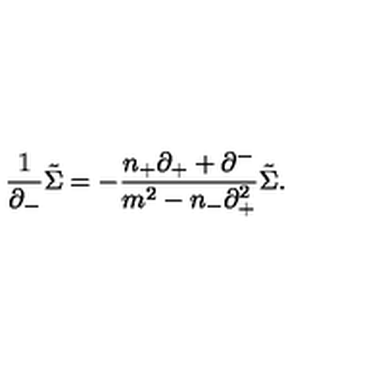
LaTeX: \frac { 1 } { { \partial } _ { - } } \tilde { \Sigma } = - \frac { n _ { + } { \partial } _ { + } + { \partial } ^ { - } } { m ^ { 2 } - n _ { - } { \partial } _ { + } ^ { 2 } } \tilde { \Sigma } .